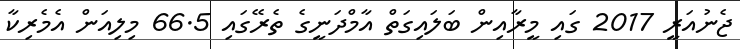
ޖެނުއަރީ 2017 ގައި މީރާއިން ބަލައިގަތް އާމްދަނީގެ ތެރޭގައި 66.5 މިލިއަން އެމެރިކާ